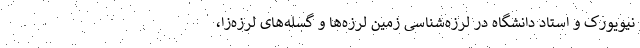
نیویورک و استاد دانشگاه در لرزه‌شناسی زمین لرزه‌ها و گسله‌های لرزه‌زا،